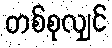
တစ်စုလျှင်